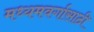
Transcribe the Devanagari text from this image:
मध्यमवर्गासाठी